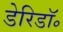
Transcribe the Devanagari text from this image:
डेरिडॉ॰